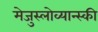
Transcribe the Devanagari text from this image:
मेजुस्लोव्यान्स्की